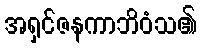
အရှင်ဇနကာဘိဝံသ၏